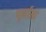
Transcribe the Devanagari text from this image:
पूर्वात्य